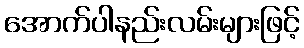
အောက်ပါနည်းလမ်းများဖြင့်